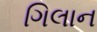
ગિલાન